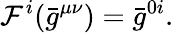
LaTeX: {}\mathcal{F}^{i}({\bar{{g}}}^{\mu\nu})={\bar{{g}}}^{0i}.